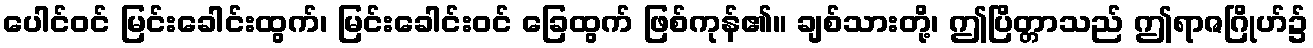
ပေါင်ဝင် မြင်းခေါင်းထွက်၊ မြင်းခေါင်းဝင် ခြေထွက် ဖြစ်ကုန်၏။ ချစ်သားတို့၊ ဤပြိတ္တာသည် ဤရာဇဂြိုဟ်၌